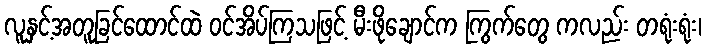
လူနှင့်အတူခြင်ထောင်ထဲ ဝင်အိပ်ကြသဖြင့် မီးဖိုချောင်က ကြွက်တွေ ကလည်း တရုံးရုံး၊